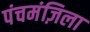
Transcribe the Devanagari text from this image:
पंचमंज़िला